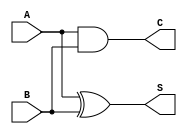
module half_adder( //Half Adder

input	A, B, // Input Data
output	S, C //S is Sum, C is Carry
);

assign	C = A & B; // AND operation
assign	S = A ^ B; // XOR operation

endmodule

////////////////////////////

module full_adder( //Full Adder

input	A, B, Cin, // Input Data
output	S, C

);


	wire	S1,S2,C1,C2;
//	wire	S, C;
// instantiation
half_adder	ha1(
		.A(A),
		.B(B), 
		.S(S1), 
		.C(C1));
half_adder	ha2(
		.A(Cin), 
		.B(S1), 
		.S(S2), 
		.C(C2));


assign	S = S2;
assign	C = C1 | C2;

endmodule


///////////////////////////////////

module ripple_carry_adder_4bit(
input	wire	[3:0]	A,
input	wire	[3:0]	B,
output	wire	[4:0]	O
);

wire	[3:0]	c;
wire	[3:0]	s;

full_adder	FA1(
		.A(A[0]),
		.B(B[0]),
		.Cin(1'b0),
		.S(s[0]),
		.C(c[0])
		);

full_adder	FA2(
		.A(A[1]),
		.B(B[1]),
		.Cin(c[0]),
		.S(s[1]),
		.C(c[1])
		);

full_adder	FA3(
		.A(A[2]),
		.B(B[2]),
		.Cin(c[1]),
		.S(s[2]),
		.C(c[2])
		);

full_adder	FA4(
		.A(A[3]),
		.B(B[3]),
		.Cin(c[2]),
		.S(s[3]),
		.C(c[3])
		);

// Output Setting
assign	O[0]	=	s[0];
assign	O[1]	=	s[1];
assign	O[2]	=	s[2];
assign	O[3]	=	s[3];
assign	O[4]	=	c[3]; // Final Carry Out

endmodule


// Stimulus for Test Bench

module	tb;
reg	[3:0]	A, B;
wire	[4:0]	O;


ripple_carry_adder_4bit	UUT( // Unit Under Test
			.A(A),
			.B(B),
			.O(O)
			);

initial begin
	#10	
	A = 4'b0000;	B = 4'b0000;
	#10
	A = 4'b0001;	B = 4'b0010;
	#10
	A = 4'b1000;	B = 4'b1111;
	#10
	A = 4'b0111;	B = 4'b1100;
	#10
	A = 4'b1111;	B = 4'b1111;
	#10
	A = 4'b0011;	B = 4'b0101;
	#10
	A = 4'b1010;	B = 4'b0010;
	#10
	A = 4'b0101;	B = 4'b1010;
	

end

initial begin

$display("|	A	|	B	|	Output     |");
$monitor("|	%b	|	%b	|	%b         |", A, B, O);

end

initial begin

$dumpfile("rca.vcd");
$dumpvars;
#100

$finish;
end

endmodule